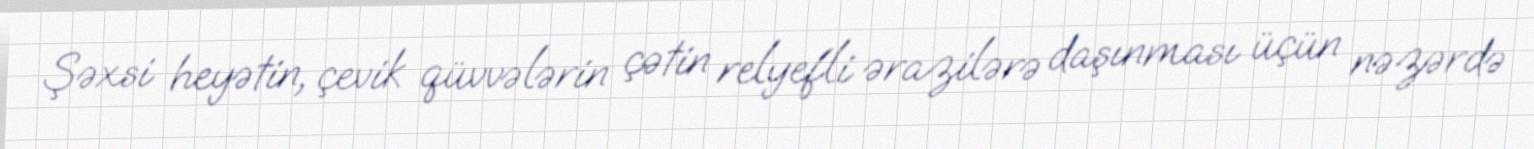
Şəxsi heyətin, çevik qüvvələrin çətin relyefli ərazilərə daşınması üçün nəzərdə